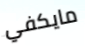
مايكفي